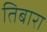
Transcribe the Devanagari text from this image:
तिबारा